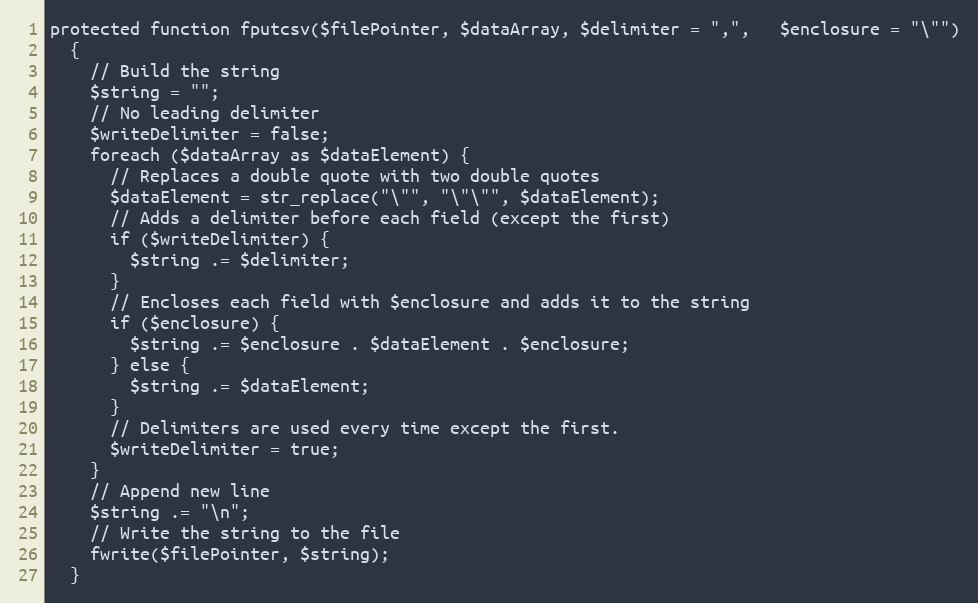
Language: PHP
protected function fputcsv($filePointer, $dataArray, $delimiter = ",",   $enclosure = "\"")
  {
    // Build the string
    $string = "";
    // No leading delimiter
    $writeDelimiter = false;
    foreach ($dataArray as $dataElement) {
      // Replaces a double quote with two double quotes
      $dataElement = str_replace("\"", "\"\"", $dataElement);
      // Adds a delimiter before each field (except the first)
      if ($writeDelimiter) {
        $string .= $delimiter;
      }
      // Encloses each field with $enclosure and adds it to the string
      if ($enclosure) {
        $string .= $enclosure . $dataElement . $enclosure;
      } else {
        $string .= $dataElement;
      }
      // Delimiters are used every time except the first.
      $writeDelimiter = true;
    }
    // Append new line
    $string .= "\n";
    // Write the string to the file
    fwrite($filePointer, $string);
  }